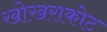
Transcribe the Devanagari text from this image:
खोखराकोट